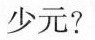
少元？